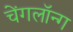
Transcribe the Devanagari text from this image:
चेंगलॉन्ग